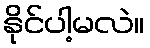
နိုင်ပါ့မလဲ။